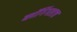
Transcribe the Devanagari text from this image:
ब्लॉगिंगलाच